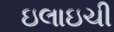
ઇલાઇચી